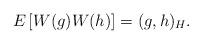
LaTeX: \begin{align*}E\left[W(g)W(h)\right] = (g, h)_H.\end{align*}